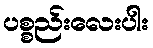
ပစ္စည်းလေးပါး